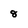
Character: 8